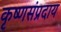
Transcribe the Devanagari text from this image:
कृष्णसंप्रदाय